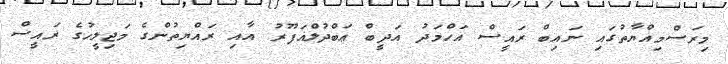
މިރަސްމިއްޔާތުގައި ނައިބް ރައީސް އަހްމަދު އަދީބް ޢަބްދުލްޣަފޫރު އާއި ރައްޔިތުންގެ މަޖިލީހުގެ ރައީސް